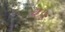
ચપ